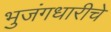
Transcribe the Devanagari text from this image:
भुजंगधारीचे